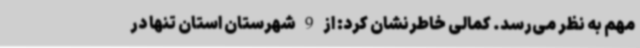
مهم به نظر می‌رسد. کمالی خاطرنشان کرد: از 9 شهرستان استان تنها در